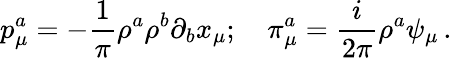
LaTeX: p_{\mu}^{a}=-\frac{1}{\pi}\rho^{a}\rho^{b}\partial_{b}x_{\mu};\quad\pi_{\mu}^{a}=\frac{i}{2\pi}\rho^{a}\psi_{\mu}\, .